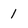
Character: 1